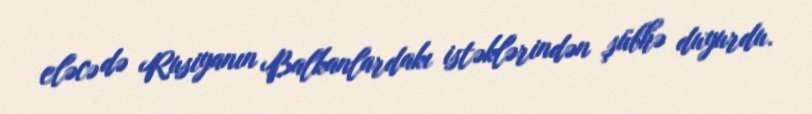
eləcə də Rusiyanın Balkanlardakı istəklərindən şübhə duyurdu.